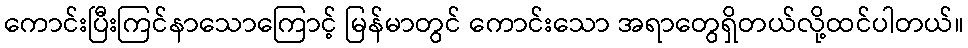
ကောင်းပြီးကြင်နာသောကြောင့် မြန်မာတွင် ကောင်းသော အရာတွေရှိတယ်လို့ထင်ပါတယ်။